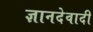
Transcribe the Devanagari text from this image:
ज्ञानदेवादी